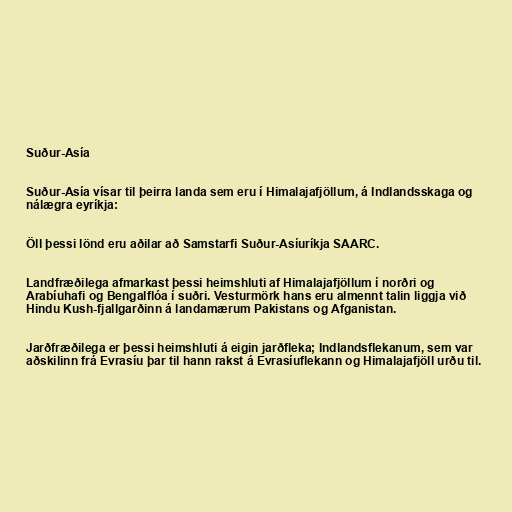
Suður-Asía

Suður-Asía vísar til þeirra landa sem eru í Himalajafjöllum, á Indlandsskaga og
nálægra eyríkja:

Öll þessi lönd eru aðilar að Samstarfi Suður-Asíuríkja SAARC.

Landfræðilega afmarkast þessi heimshluti af Himalajafjöllum í norðri og
Arabíuhafi og Bengalflóa í suðri. Vesturmörk hans eru almennt talin liggja við
Hindu Kush-fjallgarðinn á landamærum Pakistans og Afganistan.

Jarðfræðilega er þessi heimshluti á eigin jarðfleka; Indlandsflekanum, sem var
aðskilinn frá Evrasíu þar til hann rakst á Evrasíuflekann og Himalajafjöll urðu til.